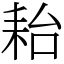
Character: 耛